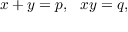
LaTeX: x + y = p , \ \ x y = q ,